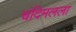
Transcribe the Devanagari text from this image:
चंदिमलला